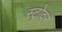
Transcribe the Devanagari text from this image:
स्ट्रोदर